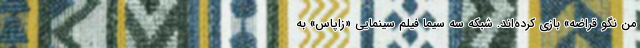
من نگو قراضه» بازی کرده‌اند. شبکه سه سیما فیلم سینمایی «زاپاس» به